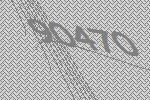
90470